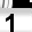
Digit: 1